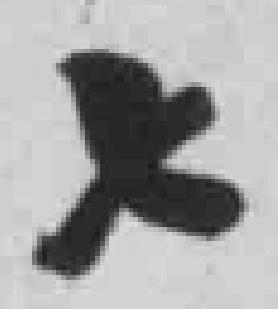
七